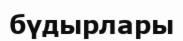
бүдырлары